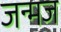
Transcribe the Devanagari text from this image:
जन्मज